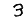
Digit: 3